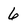
Character: 6